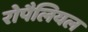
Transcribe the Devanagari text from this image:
रोपैलियल